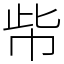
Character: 㠿